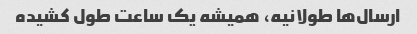
ارسال‌ها طولانیه، همیشه یک ساعت طول کشیده